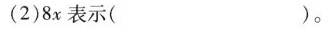
(2)8x表示( )。